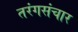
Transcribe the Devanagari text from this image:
तरंगसंचार